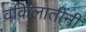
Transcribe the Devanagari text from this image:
वकिलातींनी